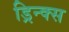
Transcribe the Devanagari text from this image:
ड्रिन्क्स